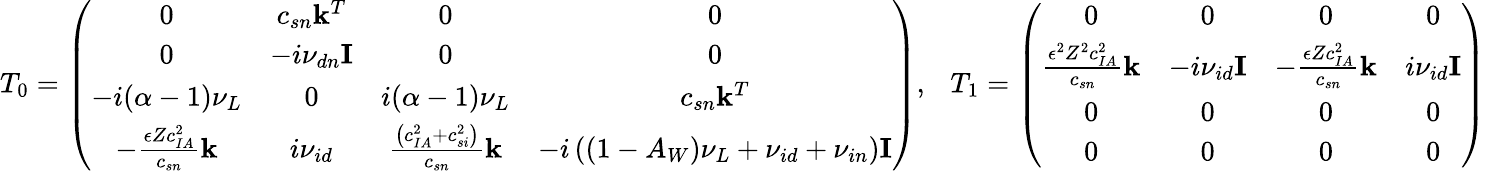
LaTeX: T_{0}=\left(\begin{array}{cccc}{0}&{c_{{sn}}\mathbf{k}^{T}}&{0}&{0}\\ {0}&{-i\nu_{{dn}}\mathbf{I}}&{0}&{0}\\ {-i(\alpha-1)\nu_{{L}}}&{0}&{i(\alpha-1)\nu_{{L}}}&{c_{{sn}}\mathbf{k}^{T}}\\ {-\frac{\epsilon Zc_{{IA}}^{2}}{c_{{sn}}}\mathbf{k}}&{i\nu_{{id}}}&{\frac{\left(c_{{IA}}^{2}+c_{{si}}^{2}\right)}{c_{{sn}}}\mathbf{k}}&{-i\left(\left(1-A_{W}\right)\nu_{{L}}+\nu_{{id}}+\nu_{{in}}\right)\mathbf{I}}\end{array}\right),\ \ \ T_{1}=\left(\begin{array}{cccc}{0}&{0}&{0}&{0}\\ {\frac{\epsilon^{2}Z^{2}c_{{IA}}^{2}}{c_{{sn}}}\mathbf{k}}&{-i\nu_{{id}}\mathbf{I}}&{-\frac{\epsilon Zc_{{IA}}^{2}}{c_{{sn}}}\mathbf{k}}&{i\nu_{{id}}\mathbf{I}}\\ {0}&{0}&{0}&{0}\\ {0}&{0}&{0}&{0}\end{array}\right)